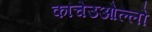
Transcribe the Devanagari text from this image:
कांचेउओल्लो